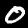
Digit: 0